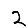
Digit: 2